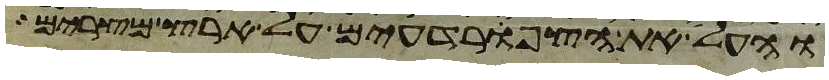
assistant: והעל את הצפרדעים על ארץ מצרים